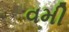
વમી